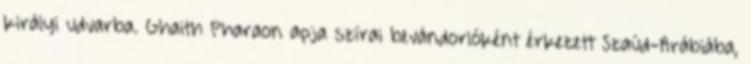
királyi udvarba. Ghaith Pharaon apja szírai bevándorlóként érkezett Szaúd-Arábiába,